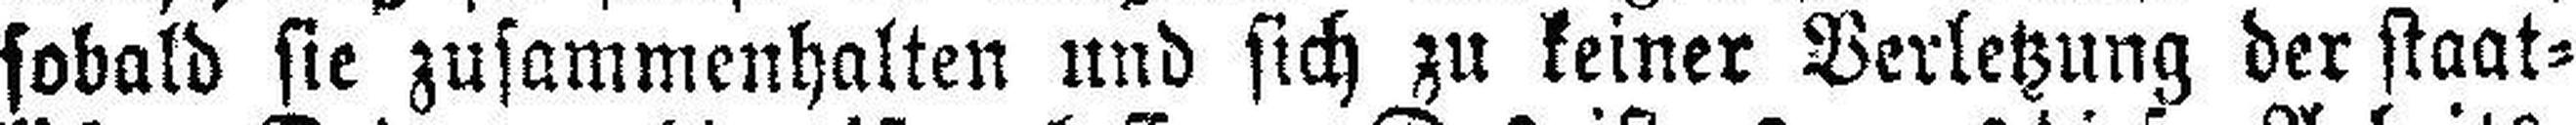
sobald sie zusammenhalten und sich zu keiner Verletzung der staat¬